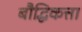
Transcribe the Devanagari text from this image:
बौद्धिकत्ता